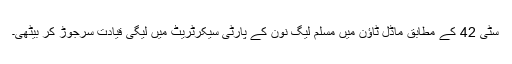
سٹی 42 کے مطابق ماڈل ٹاؤن میں مسلم لیگ نون کے پارٹی سیکرٹریٹ میں لیگی قیادت سرجوڑ کر بیٹھی۔